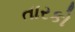
તારકો